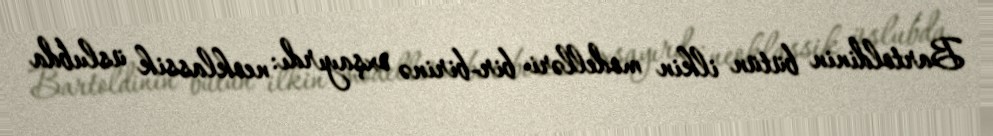
Bartoldinin bütün ilkin modelləri bir-birinə oxşayırdı: neoklassik üslubda